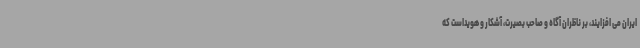
ایران می افزایند، بر ناظران آگاه و صاحب بصیرت، آشکار و هویداست که